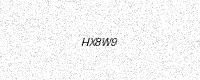
Text: HX8W9